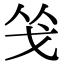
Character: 𭟲